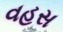
વહસ